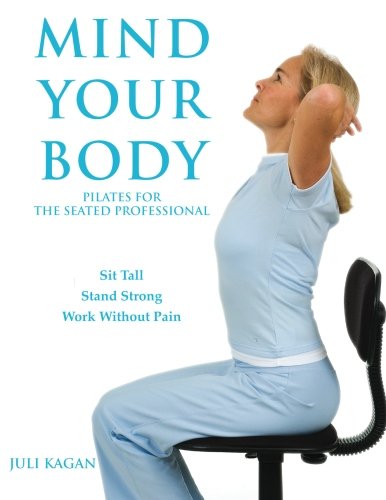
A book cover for Mind Your Body: Pilates for the Seated Professional; Juli Kagan; Health, Fitness & Dieting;